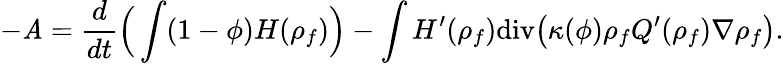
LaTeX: -\mathit{A}=\frac{{d}}{{dt}}\Big(\int(1-\phi){H}({\rho}_{f})\Big)-\int{H}^{\prime}({\rho}_{f})\mathrm{{div}}\big(\kappa(\phi){\rho}_{f}{Q}^{\prime}({\rho}_{f})\nabla{\rho}_{f}\big).